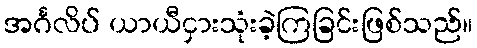
အင်္ဂလိပ် ယာယီငှားသုံးခဲ့ကြခြင်းဖြစ်သည်။